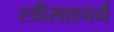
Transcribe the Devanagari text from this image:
स्त्रीसाहचर्य